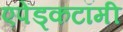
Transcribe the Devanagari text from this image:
एपेंड्कटॉमी